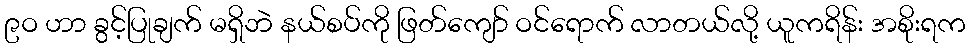
၉ဝ ဟာ ခွင့်ပြုချက် မရှိဘဲ နယ်စပ်ကို ဖြတ်ကျော် ဝင်ရောက် လာတယ်လို့ ယူကရိန်း အစိုးရက